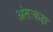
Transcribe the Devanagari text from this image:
अंतःकक्ष